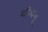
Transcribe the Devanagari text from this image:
थी।दब्बू